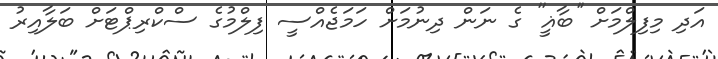
އަދި މިފިލްމަށް ''ބާޣީ'' ގެ ނަން ދިނުމަށް ހަމަޖެއްސީ ފިލްމުގެ ސްކްރިޕްޓަށް ބަލާއިރު